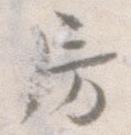
房